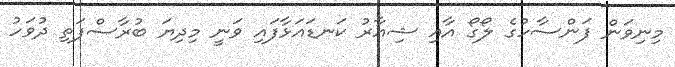
މިނިވަން ފަންސާހުގެ ލޯގޯ އާއި ޝިއާރު ކަނޑައަޅާފައި ވަނީ މިދިޔަ ބުރާސްފަތި ދުވަހު